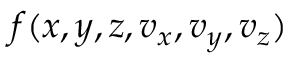
f ( x , y , z , v _ { x } , v _ { y } , v _ { z } )